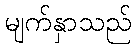
မျက်နှာသည်